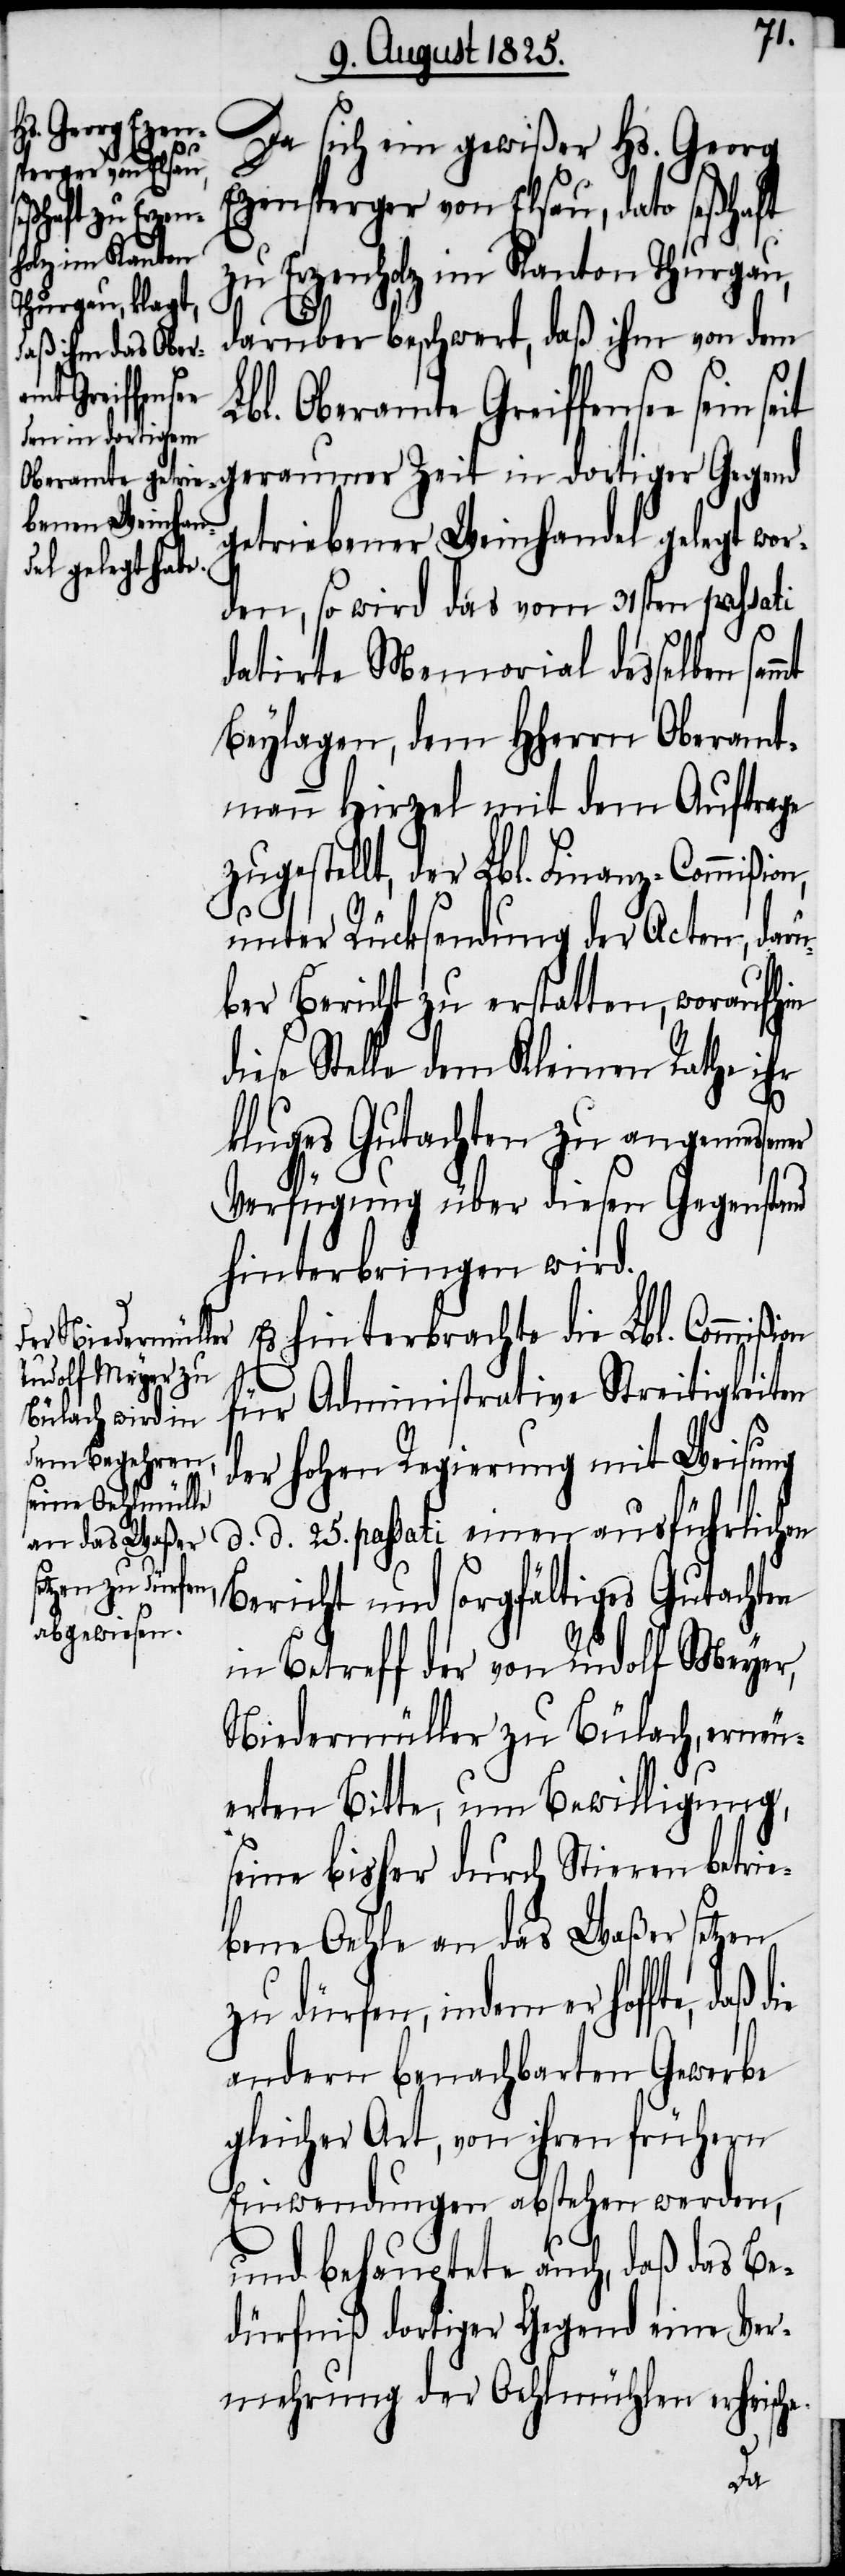
Da sich ein gewißer Hs. Georg
Ezensperger von Elsau, dato seßhaft
zu Erzenholz im Kanton Thurgau,
darüber beschwert, daß ihm von dem
Lbl. Oberamte Greiffensee sein
seit geraumer Zeit in dortiger Gegend
getriebener Weinhandel gelegt wor¬
den, so wird das vom 31sten passati
datirte Memorial desselben
Beylagen, dem HHerrn Oberamt¬
mann Hirzel mit dem Auftrage
gestellt, der Lbl. Finanz-Commißio¬
unter Rücksendung der Acten, dar¬
über Bericht zu erstatten, woraufhin
ieses Stelle dem Kleinen Rathe ihr
kluges Gutachten zu angemesse¬
Verfügung über diesen Gegenstand
hinterbringen wird.
Es hinterbrachte die Lbl. Commiß¬
für Administrative Streitigkeiten
der hohen Regierung mit Weisung
d. d. 25. passati einen ausführlichen
Bericht und sorgfältiges Gutachten
in Betreff der von Rudolf Meyer,
Niedermüller zu Bülach, erneu¬
erten Bitte, um Bewilligung,
seine bisher durch Stieren betrie¬
bene Oehle an das Waßer setzen
zu dürfen, indem er hoffte, daß
andern benachbarten Gewerbe
gleicher Art, von ihren frühern
Einwendungen abstehen werden,
und behauptete auch, daß das Be¬
dürfniß dortiger Gegend eine Ver¬
mehrung der Oelmühlen erheische.
die